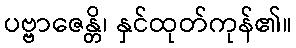
ပဗ္ဗာဇေန္တိ၊ နှင်ထုတ်ကုန်၏။